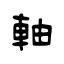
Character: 軸